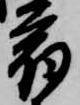
宿